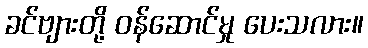
ခင်ဗျားတို့ ဝန်ဆောင်မှု ပေးသလား။